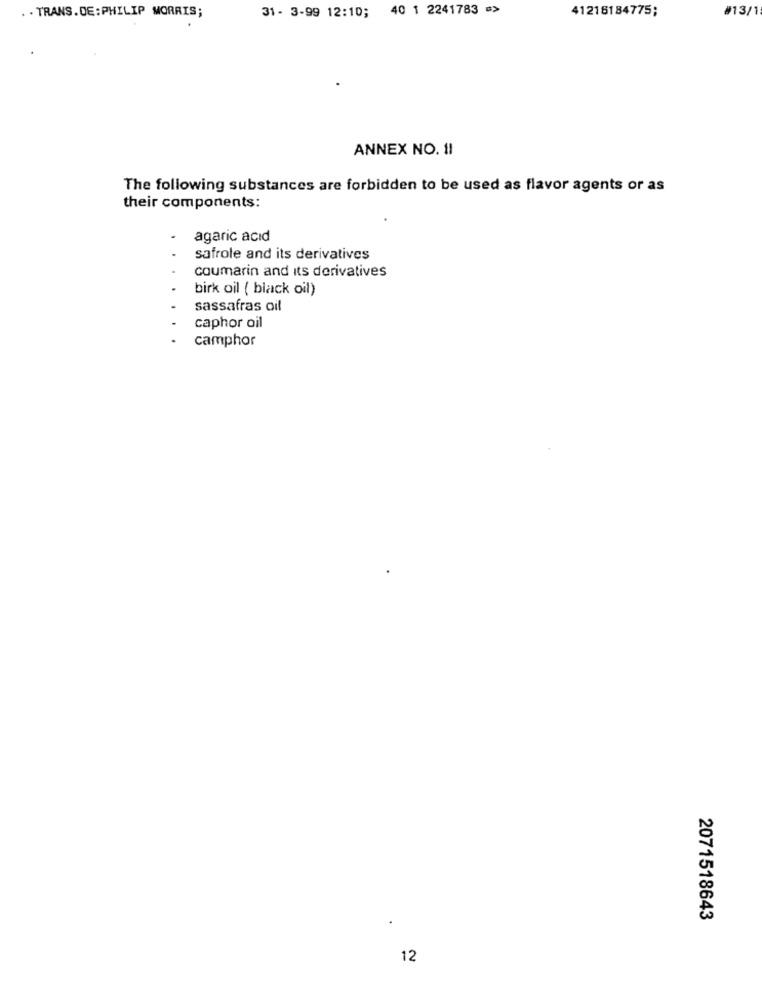
31- 3-99 12:10; 40 1 2241783 =>
41218184775;
#13/1
. . TRANS. DE: PHILIP MORRIS;
ANNEX NO. 11
The following substances are forbidden to be used as flavor agents or as
their components:
agaric acid
safrole and its derivatives
coumarin and its derivatives
birk oil ( black oil)
sassafras oil
caphor oil
camphor
2071518643
12